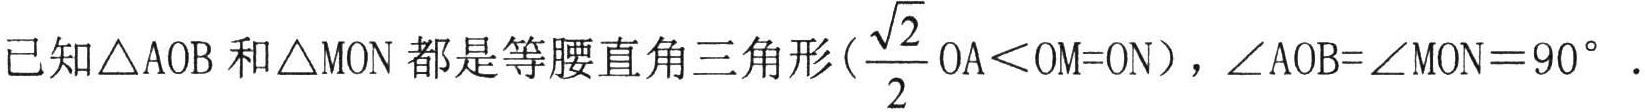
已知$\triangle \mathrm{A}\mathrm{O}\mathrm{B}$和$\triangle \mathrm{M}\mathrm{O}\mathrm{N}$都是等腰直角三角形($\frac{\sqrt{2}}{2}\mathrm{O}\mathrm{A}<\mathrm{O}\mathrm{M}=\mathrm{O}\mathrm{N}$)，$\angle \mathrm{A}\mathrm{O}\mathrm{B}=\angle \mathrm{M}\mathrm{O}\mathrm{N} = 90^{\circ}$ .